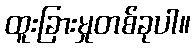
ထူးခြားမှုတစ်ခုပါ။